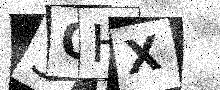
Text: 3QHX